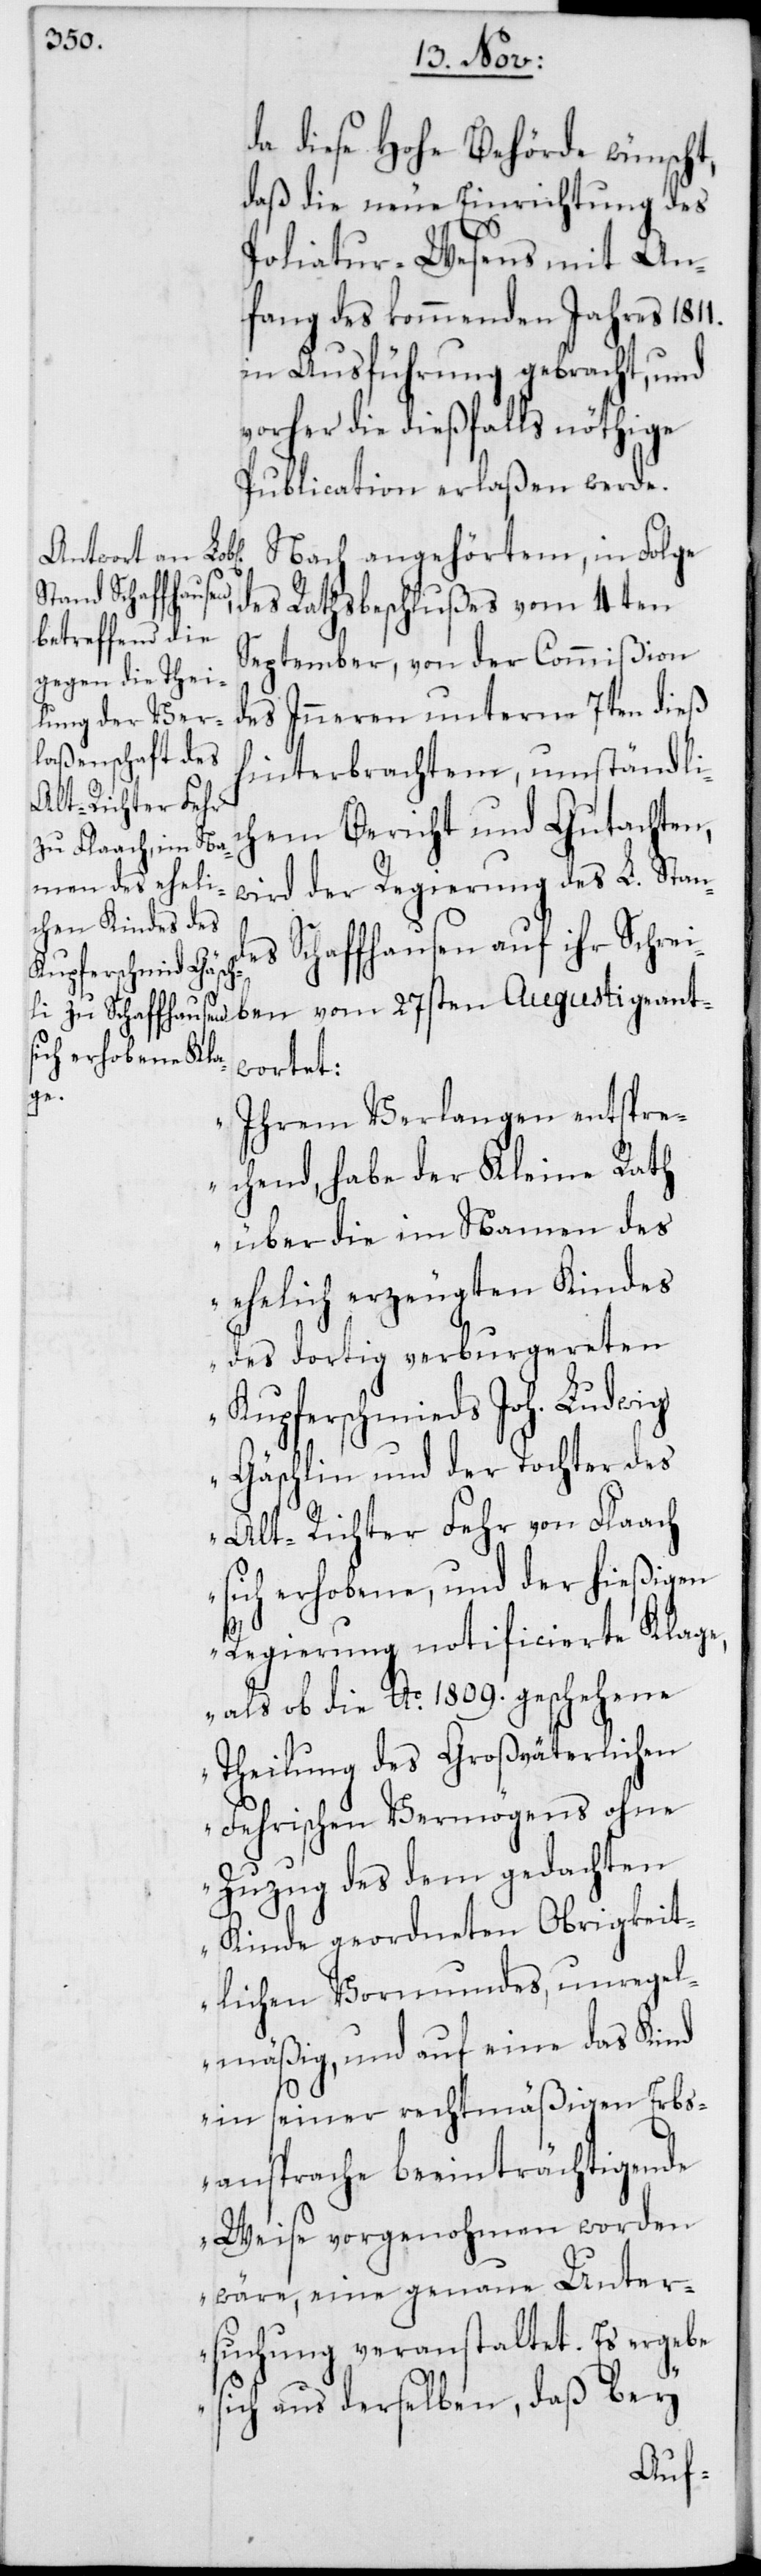
da diese Hohe Behörde wünscht,
daß die neue Einrichtung des
Politaur-Wesens mit An¬
fang des kommenden Jahres 1811.
in Ausführung gebracht, und
vorher die dießfalls nöthige
Publication erlaßen werde.
Nach angehörtem, in Folge
des Rathsbeschlußes vom 4ten
September, von der Commißion
des Inneren unterm 7ten dieß
hinterbrachten, umständli¬
chen Bericht und Gutachten,
wird der Regierung des L. Stan¬
des Schaffhausen auf ihr Schrei¬
ben vom 27sten Augusti geant¬
wortet:
„Ihrem Verlangen entspre¬
chend, habe der Kleine Rath
über die im Namen des
ehelich erzeugten Kindes
des dortig verburgereten
Kupferschmieds Joh. Ludwig
Gäschlin und der Tochter des
Alt-Richter Fehr von Flaach,
sich erhobene, und der hießigen
Regierung notificierte Klage,
als ob die Ao 1809. geschehene
Theilung des Großväterlichen
Fehrischen Vermögens ohne
Zuzug des dem gedachten
Kinde geordneten Obrigkeit¬
lichen Vormundes, unregel¬
mäßig, und auf eine das Kind
in seiner rechtmäßigen Erbs¬
ansprache beeinträchtigende
Weise vorgenohmen worden
wäre, eine genaue Unter¬
suchung veranstaltet. Es ergebe
sich aus derselben, daß bey